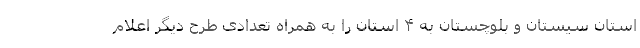
استان سیستان و بلوچستان به ۴ استان را به همراه تعدادی طرح دیگر اعلام